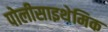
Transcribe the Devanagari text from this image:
पोलीसाइथेमिक